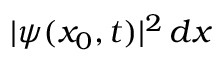
| \psi ( x _ { 0 } , t ) | ^ { 2 } \, d x